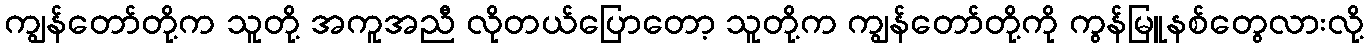
ကျွန်တော်တို့က သူတို့ အကူအညီ လိုတယ်ပြောတော့ သူတို့က ကျွန်တော်တို့ကို ကွန်မြူနစ်တွေလားလို့